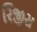
રિજીસ